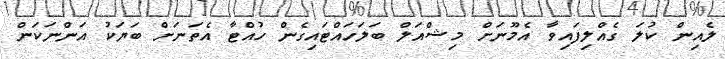
ލެއިން ކުލަ ގެއްލިފައިވާ އެމޫނަށް މިޝްއަލް ބަލަހައްޓައިގެން ހުއްޓާ އެތަނަށް ބަޔަކު އަންނަކަން